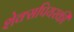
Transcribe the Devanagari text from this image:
शेक्सपियरकी